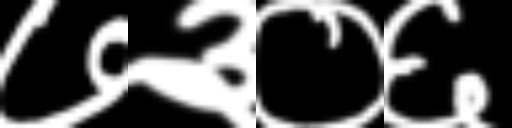
Text: ७३०६